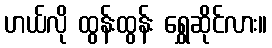
ဟယ်လို ထွန်းထွန်း ရွှေဆိုင်လား။